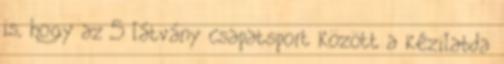
is, hogy az 5 látvány csapatsport között a kézilabda